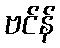
ဗင်န်